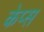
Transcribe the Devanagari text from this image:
केप्स